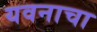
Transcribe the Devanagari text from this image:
यवनाचा